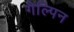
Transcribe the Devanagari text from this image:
गैल्पिन